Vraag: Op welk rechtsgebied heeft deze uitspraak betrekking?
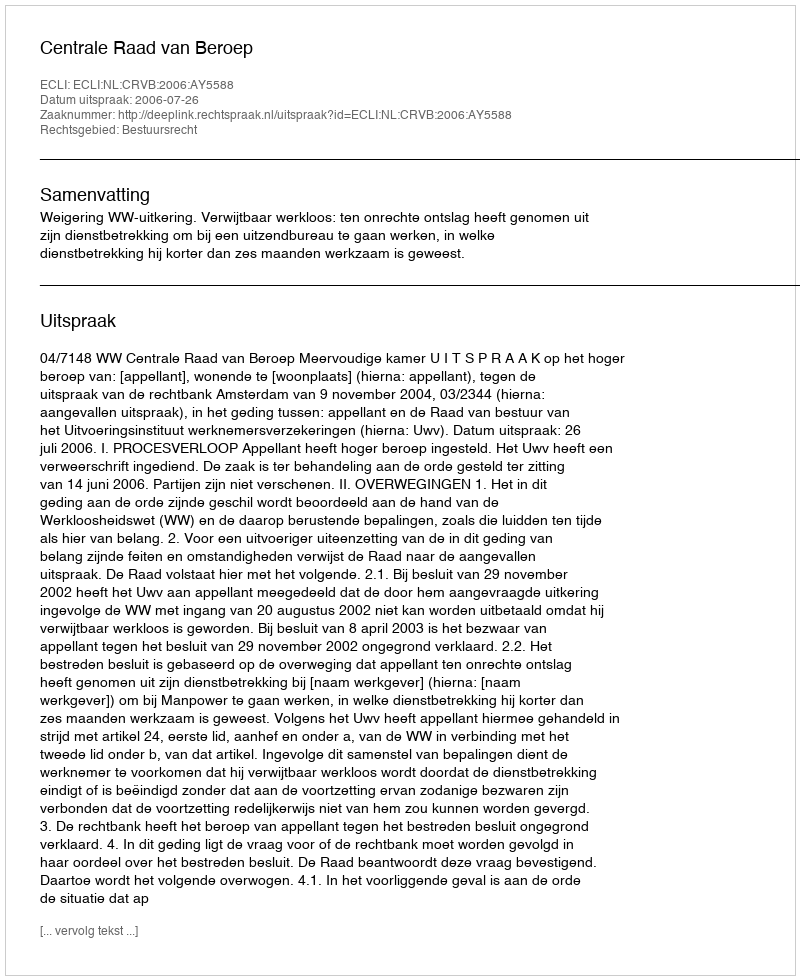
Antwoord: Bestuursrecht